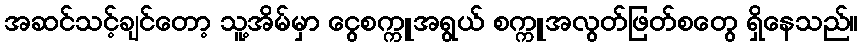
အဆင်သင့်ချင်တော့ သူ့အိမ်မှာ ငွေစက္ကူအရွယ် စက္ကူအလွတ်ဖြတ်စတွေ ရှိနေသည်။